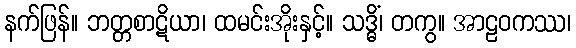
နက်ဖြန်။ ဘတ္တစာဋိယာ၊ ထမင်းအိုးနှင့်။ သဒ္ဓိံ၊ တကွ။ အာဠဝကဿ၊